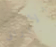
الأوراق